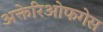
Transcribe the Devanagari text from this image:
अक्तेरिओफगेस